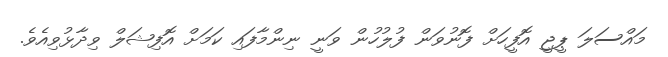
މައްސަލަ ޕީޖީ އޮފީހަށް ފޮނުވަން ފުލުހުން ވަނީ ނިންމާފައި ކަމަށް އޮފިޝަލް ވިދާޅުވިއެވެ.